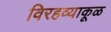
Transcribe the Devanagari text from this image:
विरहव्याकूळ